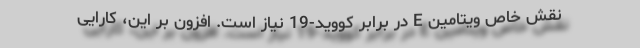
نقش خاص ویتامین E در برابر کووید-19 نیاز است. افزون بر این، کارایی